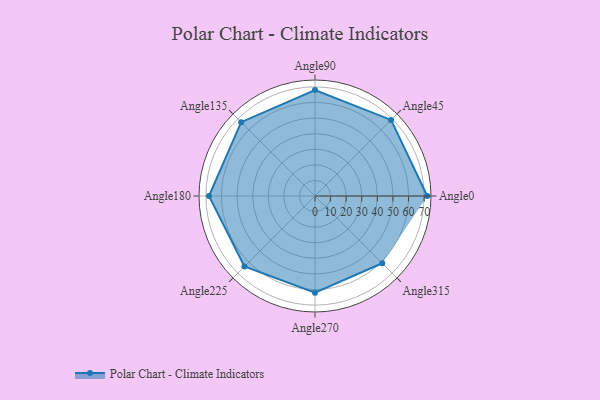
{"axis": {"x": "Angle", "y": "Radius"}, "legend": [""], "data": [{"x": "Angle0", "y": 72.0, "type": ""}, {"x": "Angle45", "y": 69.0, "type": ""}, {"x": "Angle90", "y": 68.0, "type": ""}, {"x": "Angle135", "y": 67.0, "type": ""}, {"x": "Angle180", "y": 68.0, "type": ""}, {"x": "Angle225", "y": 64.0, "type": ""}, {"x": "Angle270", "y": 62.0, "type": ""}, {"x": "Angle315", "y": 61.0, "type": ""}]}